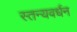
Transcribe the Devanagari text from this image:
स्तन्यवर्धन